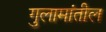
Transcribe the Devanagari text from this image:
गुलामांतील